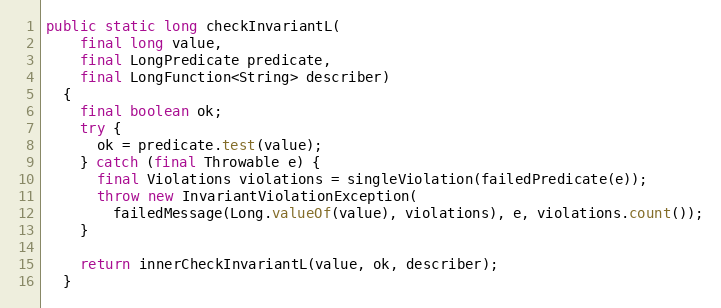
Language: Java
public static long checkInvariantL(
    final long value,
    final LongPredicate predicate,
    final LongFunction<String> describer)
  {
    final boolean ok;
    try {
      ok = predicate.test(value);
    } catch (final Throwable e) {
      final Violations violations = singleViolation(failedPredicate(e));
      throw new InvariantViolationException(
        failedMessage(Long.valueOf(value), violations), e, violations.count());
    }

    return innerCheckInvariantL(value, ok, describer);
  }